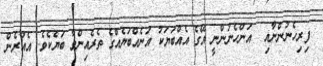
ފިރިހެނުންނާއި  އަންހެނުންނީ އޭގެ އެއްބަޔަކު އަނެއްބަޔެއްގެ ތެރެއިންވާ ބަޔެކެވެ. އެއުރެން